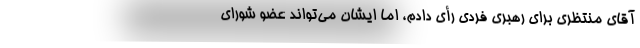
آقای منتظری برای رهبری فردی رأی دادم، اما ایشان می‌تواند عضو شورای